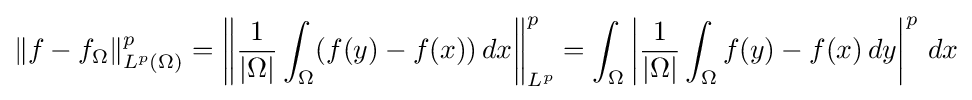
\|f-f_{\Omega }\|_{L^{p}(\Omega )}^{p}=\left\|{\frac {1}{|\Omega |}}\int _{\Omega }(f(y)-f(x))\,dx\right\|_{L^{p}}^{p}=\int _{\Omega }\left|{\frac {1}{|\Omega |}}\int _{\Omega }f(y)-f(x)\,dy\right|^{p}\,dx